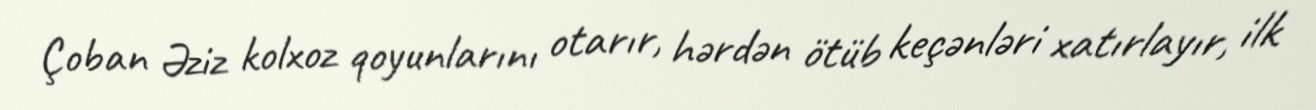
Çoban Əziz kolxoz qoyunlarını otarır, hərdən ötüb keçənləri xatırlayır, ilk